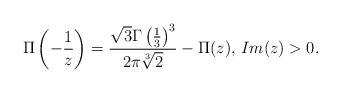
LaTeX: \begin{align*}\Pi\left(-\frac{1}{z}\right)=\frac{\sqrt{3}\Gamma\left(\frac{1}{3}\right)^3}{2\pi \sqrt[3]{2}}-\Pi(z)\textrm{, }Im(z)>0.\end{align*}